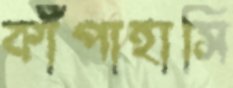
কাঁপাহাসি